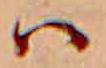
ハ